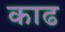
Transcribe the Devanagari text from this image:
काढ